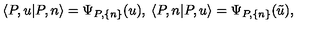
\langle P , u | P , n \rangle = \Psi _ { P , \{ n \} } ( u ) , \: \langle P , n | P , u \rangle = \Psi _ { P , \{ n \} } ( \tilde { u } ) ,